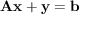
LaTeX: \mathbf { A } \mathbf { x } + \mathbf { y } = \mathbf { b }